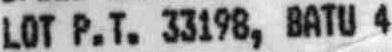
LOT P.T. 33198, BATU 4